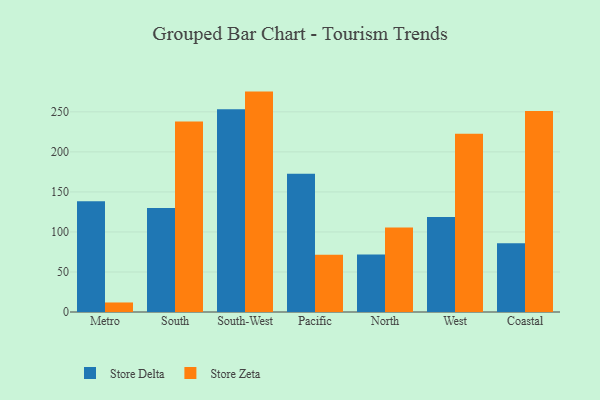
{"axis": {"x": "Region", "y": "Page Views"}, "legend": ["Store Delta", "Store Zeta"], "data": [{"x": "Metro", "y": 138.4, "type": "Store Delta"}, {"x": "Metro", "y": 11.9, "type": "Store Zeta"}, {"x": "South", "y": 130.0, "type": "Store Delta"}, {"x": "South", "y": 237.9, "type": "Store Zeta"}, {"x": "South-West", "y": 253.1, "type": "Store Delta"}, {"x": "South-West", "y": 275.3, "type": "Store Zeta"}, {"x": "Pacific", "y": 172.8, "type": "Store Delta"}, {"x": "Pacific", "y": 71.5, "type": "Store Zeta"}, {"x": "North", "y": 71.9, "type": "Store Delta"}, {"x": "North", "y": 105.6, "type": "Store Zeta"}, {"x": "West", "y": 118.7, "type": "Store Delta"}, {"x": "West", "y": 222.5, "type": "Store Zeta"}, {"x": "Coastal", "y": 85.9, "type": "Store Delta"}, {"x": "Coastal", "y": 251.0, "type": "Store Zeta"}]}